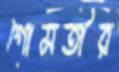
গোমতীর